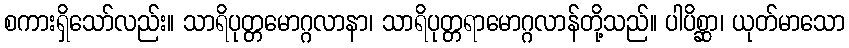
စကားရှိသော်လည်း။ သာရိပုတ္တမောဂ္ဂလာနာ၊ သာရိပုတ္တရာမောဂ္ဂလာန်တို့သည်။ ပါပိစ္ဆာ၊ ယုတ်မာသော